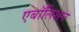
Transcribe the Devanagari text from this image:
एबॉलिशन